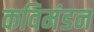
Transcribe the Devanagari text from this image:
कविमंडन